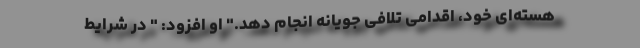
هسته‌ای خود، اقدامی تلافی جویانه انجام دهد." او افزود: " در شرایط